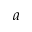
a